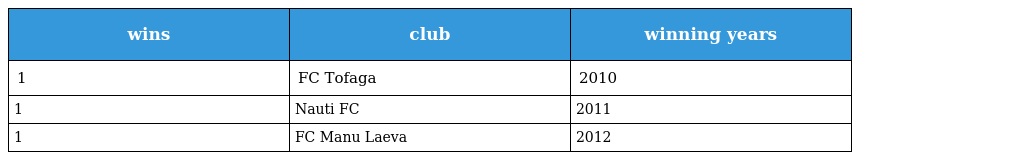
| wins | club | winning years |
 | --- | --- | --- |
 | 1 | FC Tofaga | 2010 |
 | 1 | Nauti FC | 2011 |
 | 1 | FC Manu Laeva | 2012 |